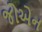
જોએન